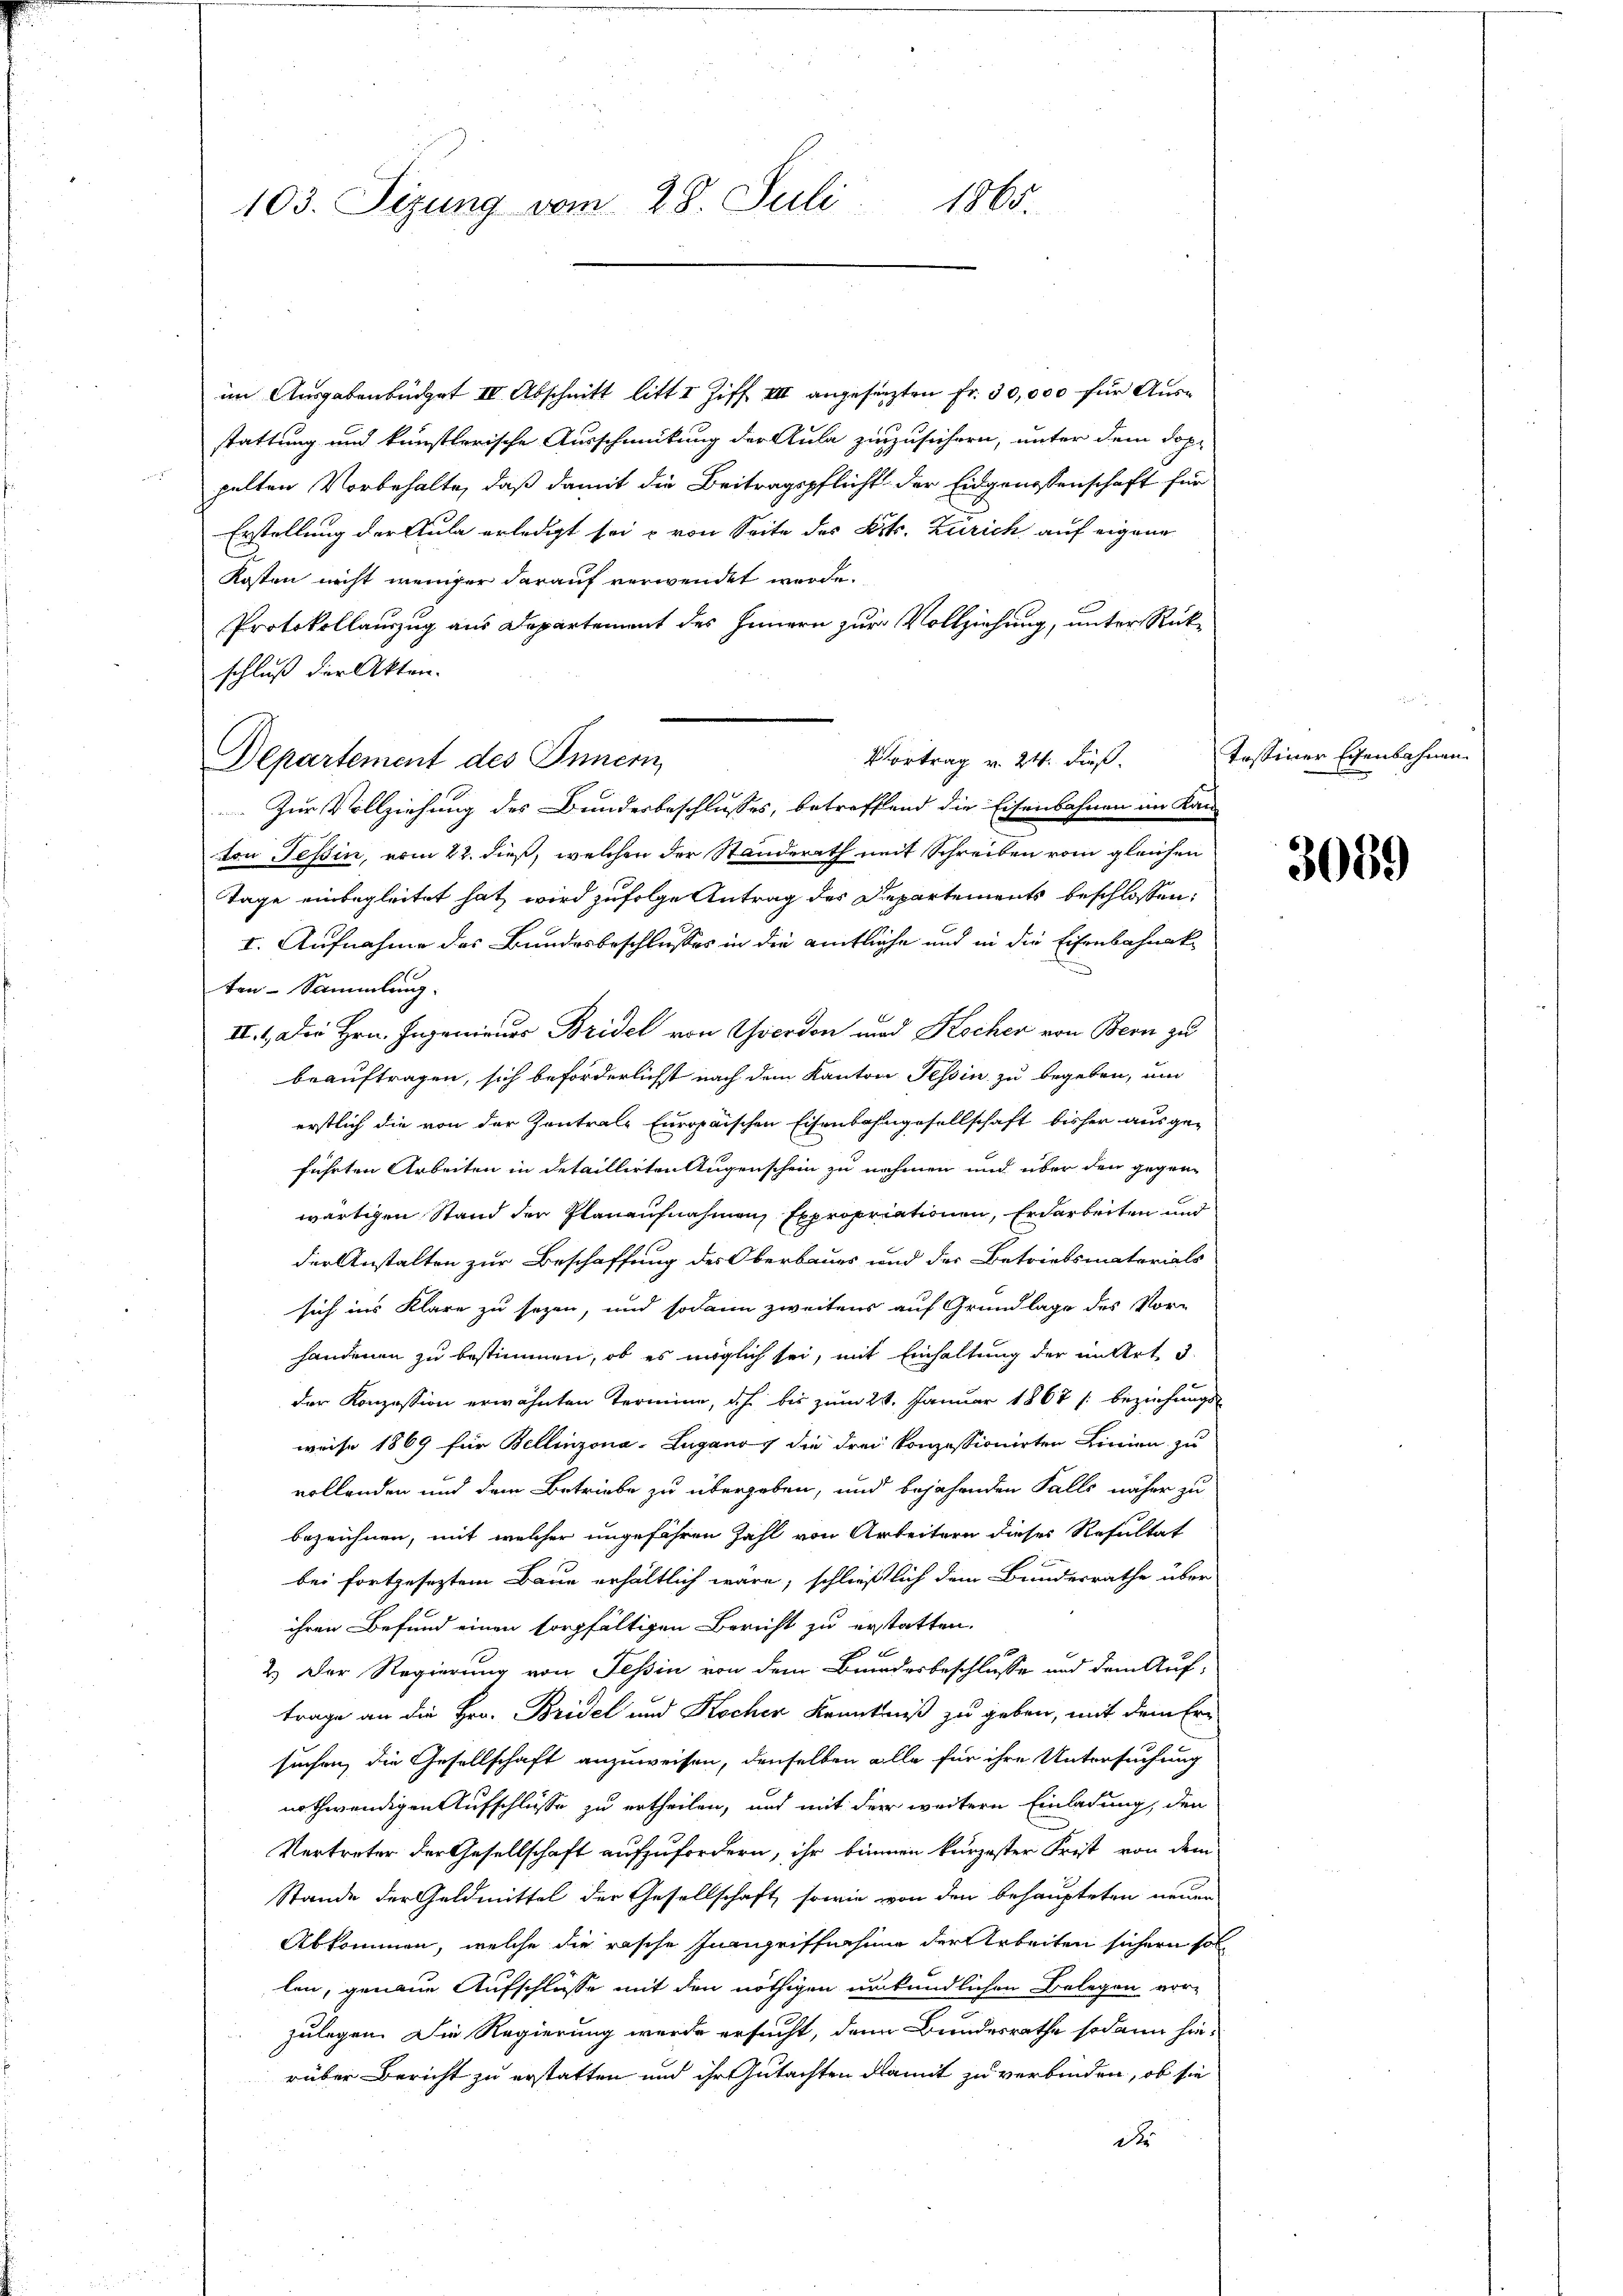
1865.
103. Sizung vom 28. Juli

im Ausgabenbücher IV Abschnitt litt I Ziff III angesetzten Fr. 30,000 für Ausstattung und künstlerische Ausschmütung der Aula zuzusichern, unter dem dop-
pelten Vorbehalte, daß damit die Beitragspflicht der Eidgenossenschaft für
Erstellung der Aula erledigt sei & von Seite des Kts. Zürich auf eigene
Kosten nicht weniger darauf verwendet werde.
Protokollauszug aus Departement des Innern zur Vollziehung, unter Rückschluß der Akten.
Departement des Innern
Zur Vollziehung des Bundesbeschlusses, betreffend die Eisenbahnen im Kan-
ton Tessin, vom 22. dieß, welchen der Standerath mit Schreiben vom gleichen
Tage einbegleitet hat, wird zufolge Antrag des Departements beschlossen:
I. Aufnahme das Bundesbeschlusses in die amtliche und in die Eisenbahnak
ten-Sammlung.
III. 1. Die Hrn. Ingenieurs Bridel von Yverdon und Kocher von Bern zu
beauftragen, sich beforderlichst nach dem Kanton Tessin zu begeben, um
erstlich die von der Kontrale Europaischen Eisenbahngesellschaft bisher ausge-
führten Arbeiten in detaillirten Augenschein zu nehmen und über den gegenwärtigen Stand den Planaufnahmen Expropriationen, Erdarbeiten und
der Anstalten zur Beschaffung des Oberbaues und der Betriebsmaterials
sich ins Klare zu sezen, und sodann zweitens auf Grundlage des Vor-
handenen zu bestimmen, ob es möglich sei, mit Einhaltung der mittet d
der Konzession erwähnten Termine, ich bis zum 20. Januar 1867 / beziehungs-
weise 1869 für Bellinzona-Lugano die drei konzessionirten Linien zu
vollanden und dem Betriebe zu übergeben, und bejahenden Falls näher zu
bezeichnen, mit welcher ungefähren Zahl von Arbeitern dieses Resultat
bei fortgeseztem Baue erhältlich wäre, schließlich dem Bundesrathe über
ihren Befund einen sorgfältigen Bericht zu erstatten.
2.) Der Regierung von Tessin von dem Bundesbeschlusse und dem Auftrage an die Hrn. Bridel und Kocher Kenntniß zu geben, mit dem Ersuchen, die Gesellschaft anzuweisen, denselben alle für ihre Untersuchung
nothwendigen Aufschlüsse zu ertheilen, und mit der weitere Einladung, den
Vertreter der Gesellschaft aufzufordern, ihr binnen kurzester Frist von dem
Stande der Geldmittel der Gesellschaft, sowie von den behaupteten neuen
Abkommen, welche die rasche Inanzeiffnahme der Arbeiten sichern sollen, genaue Aufschlüsse mit den nöthigen unkundlichen Belegen vor-
zulegen. Die Regierung werde ersucht, den Bundesrathe sodann hinrüber Bericht zu erstatten und ihr Gutachten damit zu verbinden, ob sie
do

Vortrag v. 24. Fuß.

Tessiner Eisenbahnen.

3069